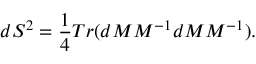
d S ^ { 2 } = \frac { 1 } { 4 } T r ( d M M ^ { - 1 } d M M ^ { - 1 } ) .